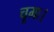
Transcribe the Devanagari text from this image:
चूमा।